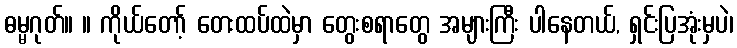
ဓမ္မဂုတ်။ ။ ကိုယ်တော့် တေးထပ်ထဲမှာ တွေးစရာတွေ အများကြီး ပါနေတယ်, ရှင်းပြအုံးမှပဲ၊